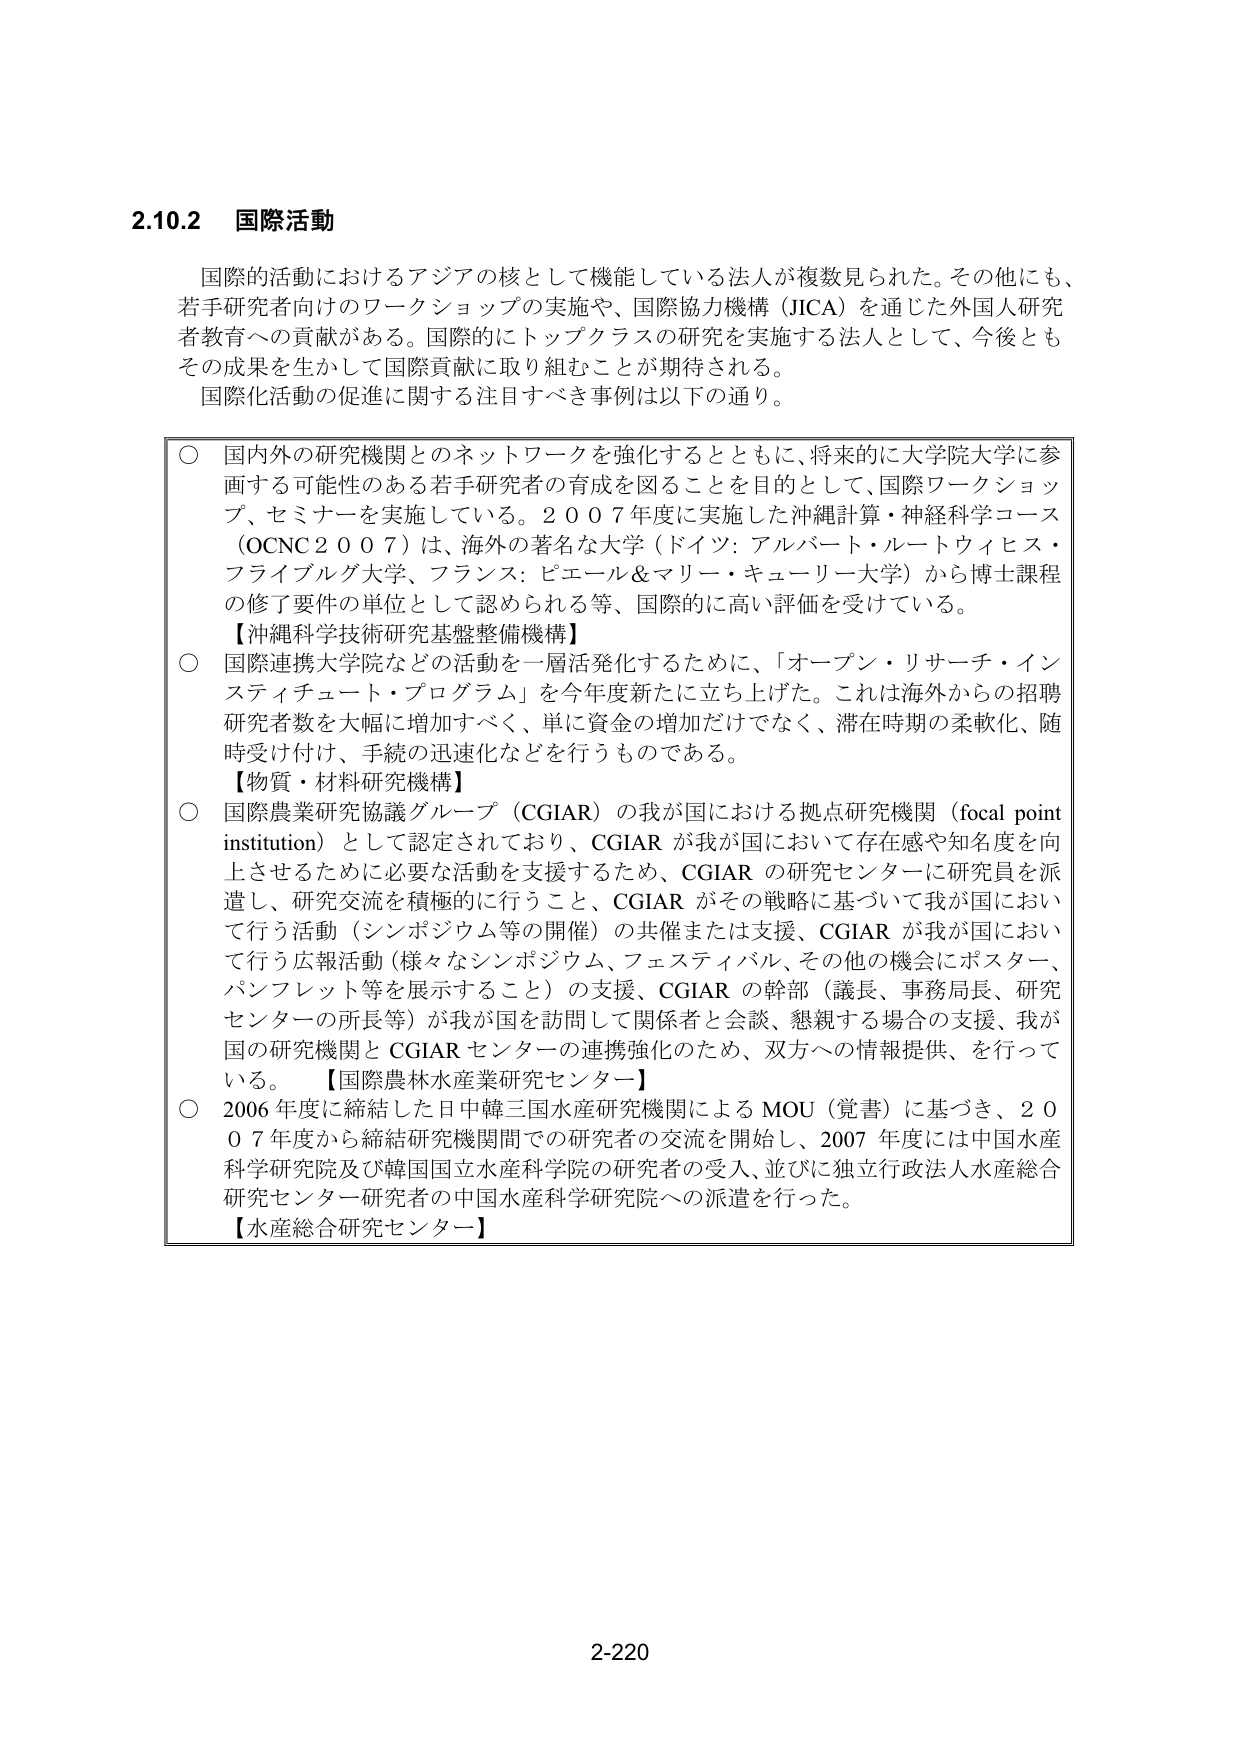
2.10.2 国際活動

国際的活動におけるアジアの核として機能している法人が複数見られた。その他にも、若手研究者向けのワークショップの実施や、国際協力機構（JICA）を通じた外国人研究者教育への貢献がある。国際的にトップクラスの研究を実施する法人として、今後ともその成果を生かして国際貢献に取り組むことが期待される。
国際化活動の促進に関する注目すべき事例は以下の通り。

○ 国内外の研究機関とのネットワークを強化するとともに、将来的に大学院大学に参画する可能性のある若手研究者の育成を図ることを目的として、国際ワークショップ・セミナーを実施している。2007年度に実施した沖縄計算・神経科学コース（OCNC2007）は、海外の著名な大学（ドイツ：アルバート・ルートヴィヒス・フライブルグ大学、フランス：ピエール＆マリー・キューリー大学）から博士課程の修了要件の単位として認められる等、国際的に高い評価を受けている。
【沖縄科学技術研究基盤整備機構】

○ 国際連携大学院などの活動を一層活発化するために、「オープン・リサーチ・インスティテュート・プログラム」を今年度新たに立ち上げた。これは海外からの招聘研究者数を大幅に増加すべく、単に資金の増加だけでなく、滞在時期の柔軟化、随時受け付け、手続の迅速化などを行うものである。
【物質・材料研究機構】

○ 国際農業研究協議グループ（CGIAR）の我が国における拠点研究機関（focal point institution）として認定されており、CGIARが我が国において存在感や知名度を向上させるために必要な活動を支援するため、CGIARの研究センターに研究員を派遣し、研究交流を積極的に行うこと、CGIARがその戦略に基づいて我が国において行う活動（シンポジウム等の開催）の共催または支援、CGIARが我が国において行う広報活動（様々なシンポジウム、フェスティバル、その他の機会にポスター、パンフレット等を展示すること）の支援、CGIARの幹部（議長、事務局長、研究センターの所長等）が我が国を訪問して関係者と会談、懇親する場合の支援、我が国の研究機関とCGIARセンターの連携強化のため、双方への情報提供、を行っている。【国際農林水産業研究センター】

○ 2006年度に締結した日中韓三国水産研究機関によるMOU（覚書）に基づき、2007年度から締結研究機関間での研究者の交流を開始し、2007年度には中国水産科学研究院及び韓国国立水産科学院の研究者の受入、並びに独立行政法人水産総合研究センター研究者の中国水産科学研究院への派遣を行った。
【水産総合研究センター】

2-220